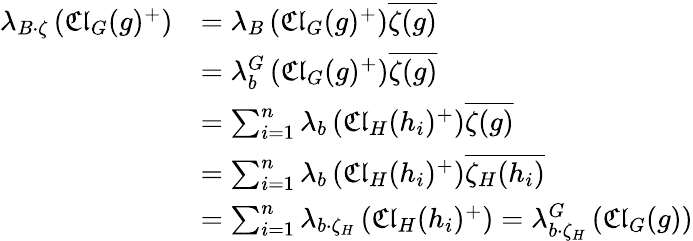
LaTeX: \begin{array}{rl}{\lambda_{B\cdot\zeta}\left({\mathfrak{Cl}}_{G}(g)^{+}\right)}&{=\lambda_{B}\left({\mathfrak{Cl}}_{G}(g)^{+}\right)\overline{{\zeta(g)}}}\\ &{=\lambda_{b}^{G}\left({\mathfrak{Cl}}_{G}(g)^{+}\right)\overline{{\zeta(g)}}}\\ &{=\sum_{i=1}^{n}\lambda_{b}\left({\mathfrak{Cl}}_{H}(h_{i})^{+}\right)\overline{{\zeta(g)}}}\\ &{=\sum_{i=1}^{n}\lambda_{b}\left({\mathfrak{Cl}}_{H}(h_{i})^{+}\right)\overline{{\zeta_{H}(h_{i})}}}\\ &{=\sum_{i=1}^{n}\lambda_{b\cdot\zeta_{H}}\left({\mathfrak{Cl}}_{H}(h_{i})^{+}\right)=\lambda_{b\cdot\zeta_{H}}^{G}\left({\mathfrak{Cl}}_{G}(g)\right)}\end{array}